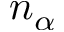
n _ { \alpha }